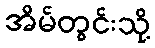
အိမ်တွင်းသို့